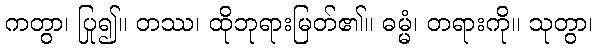
ကတွာ၊ ပြု၍။ တဿ၊ ထိုဘုရားမြတ်၏။ ဓမ္မံ၊ တရားကို။ သုတွာ၊